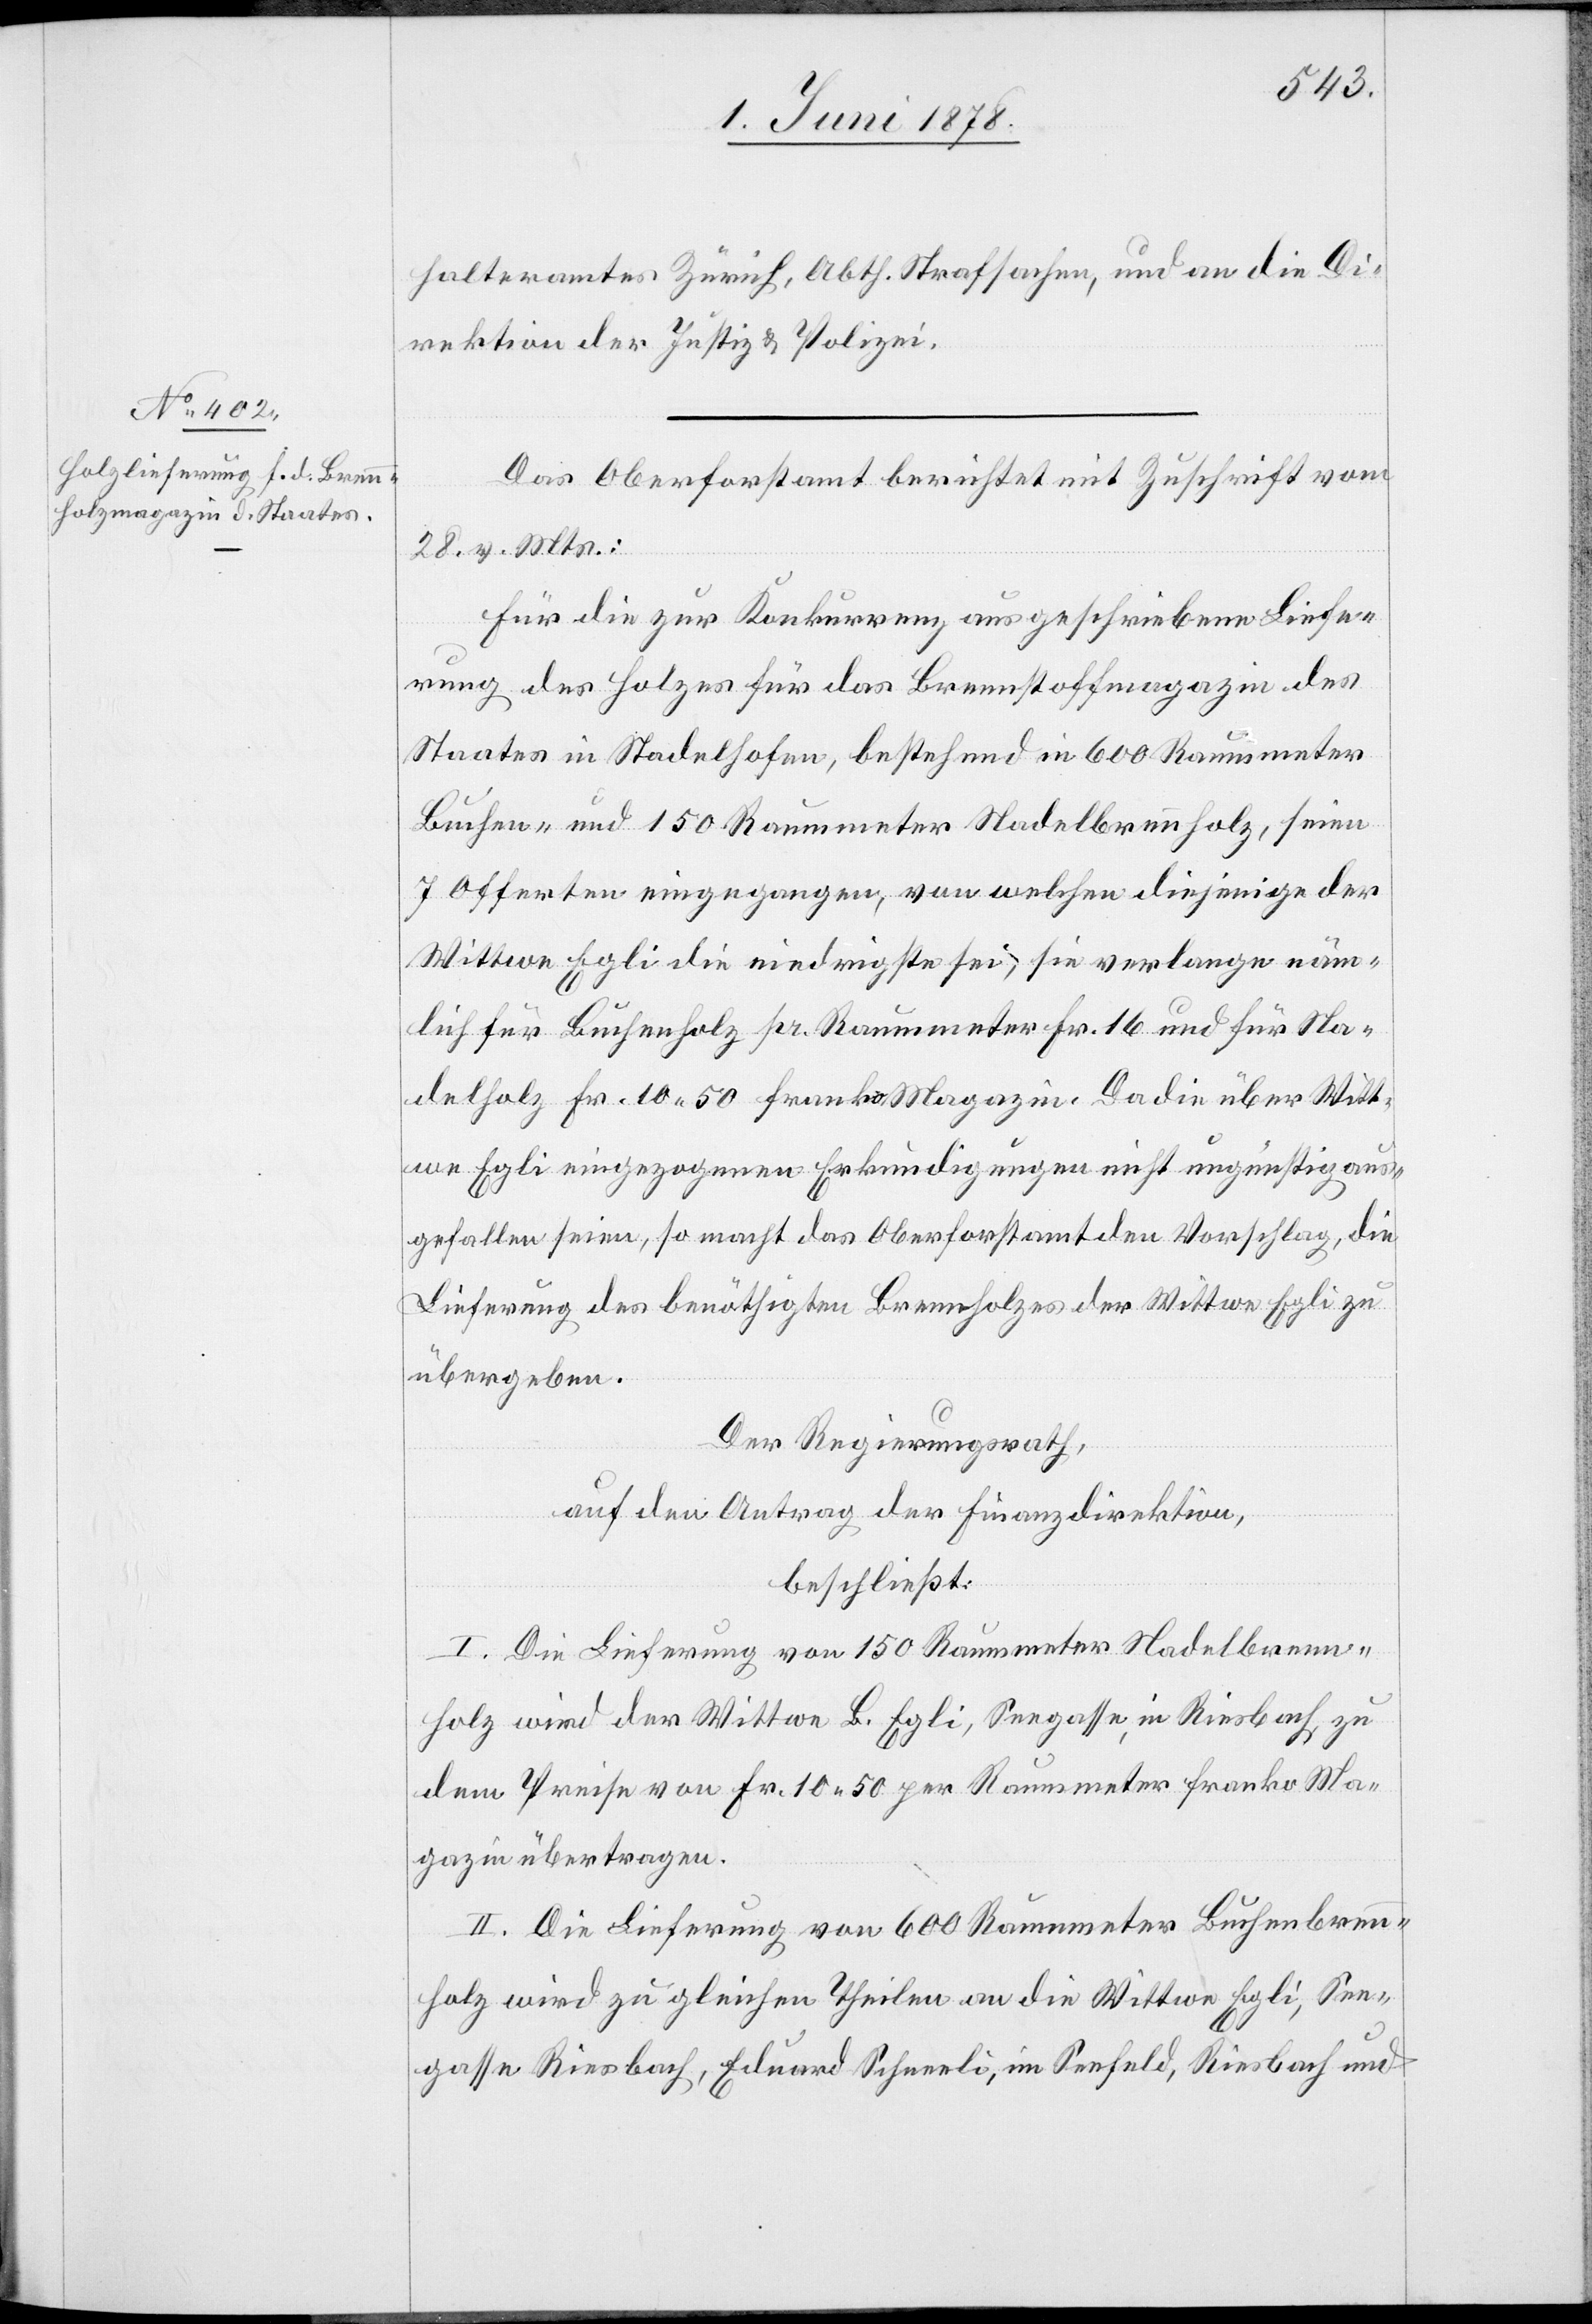
halteramtes Zürich, Abth. Strafsachen, und an die Di¬
rektion der Justiz & Polizei.
Das Oberforstamt berichtet mit Zuschrift vom
28. v. Mts.:
Für die zur Konkurrenz ausgeschriebene Liefe¬
rung des Holzes für das Brennstoffmagazin des
Staates in Stadelhofen, bestehend in 600 Raummeter
Buchen- und 150 Raummeter Nadelbrennholz, seien
7 Offerten eingegangen, von welchen diejenigen der
Wittwe Egli die niedrigste sei, sie verlange näm¬
lich für Buchenholz pr. Raummeter Fr. 16 und für Na¬
delholz Fr. 10.50 franko Magazin. Da die über Witt¬
we Egli eingezogenen Erkundigungen nicht ungünstig aus¬
gefallen seien, so macht das Oberforstamt den Vorschlag, die
Lieferung des benöthigten Brennholzes der Wittwe Egli zu
übergeben.
Der Regierungsrath,
auf den Antrag der Finanzdirektion,
beschließt:
I. Die Lieferung von 150 Raummeter Nadelbrenn¬
holz wird der Wittwe B. Egli, Seegasse, in Riesbach, zu
dem Preise von Fr. 10.50 per Raummeter franko Ma¬
gazin übertragen.
II. Die Lieferung von 600 Raummeter Buchenbrenn¬
holz wird zu gleichen Theilen an die Wittwe Egli, See¬
gasse Riesbach, Eduard Schneeli, im Seefeld, Riesbach und